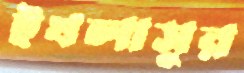
ইখলাসুর